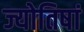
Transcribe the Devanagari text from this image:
ज्योतिषां